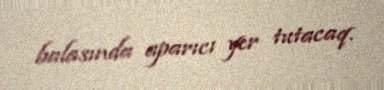
balasında aparıcı yer tutacaq.